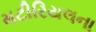
મટીરિયલના